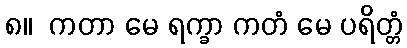
၈။  ကတာ မေ ရက္ခာ ကတံ မေ ပရိတ္တံ